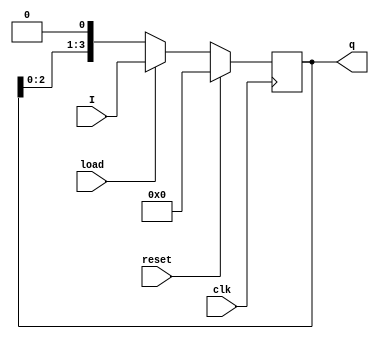
module pipo(I,clk,reset,load,q);
input [3:0]I;
input clk,reset,load;
output reg [3:0]q;
reg [3:0] tmp;
always @(posedge clk )
begin
if (reset)
q <= 4'b0;
else
begin
if(load)
q<= I;
else
q<=q<<1;
end
end
endmodule